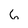
Character: 6